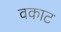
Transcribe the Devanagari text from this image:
वकाट